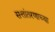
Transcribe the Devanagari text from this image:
सत्तांतरणाच्या